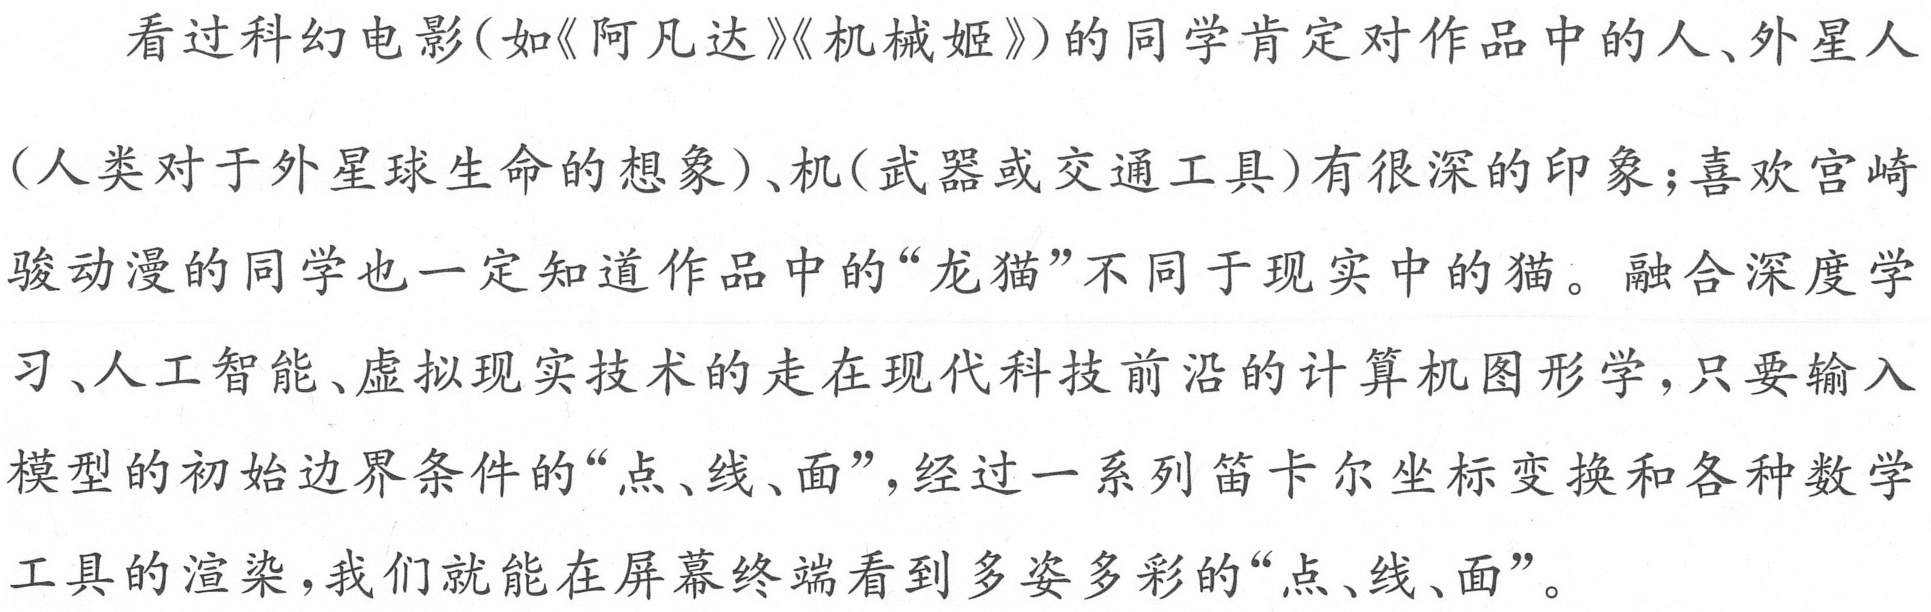
看过科幻电影(如《阿凡达》《机械姬》)的同学肯定对作品中的人、外星人
(人类对于外星球生命的想象)、机(武器或交通工具)有很深的印象;喜欢宫崎
骏动漫的同学也一定知道作品中的“龙猫”不同于现实中的猫。融合深度学
习、人工智能、虚拟现实技术的走在现代科技前沿的计算机图形学,只要输入
模型的初始边界条件的“点、线、面”,经过一系列笛卡尔坐标变换和各种数学
工具的渲染,我们就能在屏幕终端看到多姿多彩的“点、线、面”。